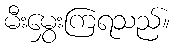
မီးမွှေးကြရသည်။